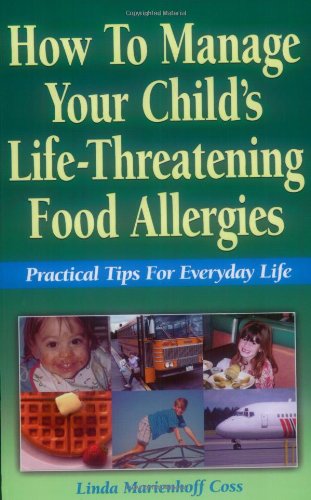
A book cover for How to Manage Your Child's Life-Threatening Food Allergies: Practical Tips for Everyday Life; Linda Marienhoff Coss; Health, Fitness & Dieting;